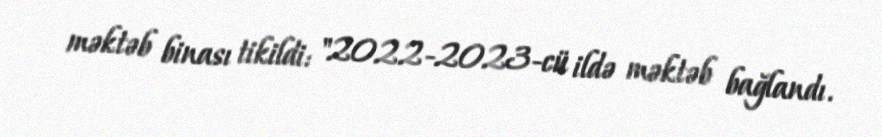
məktəb binası tikildi: "2022-2023-cü ildə məktəb bağlandı.